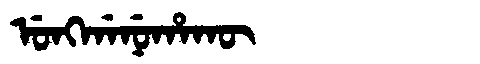
Manchu: ᡠᠩᡤᠠᠨᡠᡥᠠᡴᡡ
Romanization: UNGGANUHAKŪ